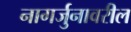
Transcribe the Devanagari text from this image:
नागर्जुनावरील